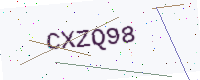
Text: CXZQ98